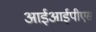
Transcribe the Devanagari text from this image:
आईआईपीएस